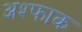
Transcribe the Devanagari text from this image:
अश्फाक